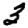
Digit: 3